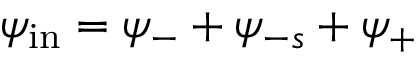
\psi _ { \mathrm { i n } } = \psi _ { - } + \psi _ { - s } + \psi _ { + }